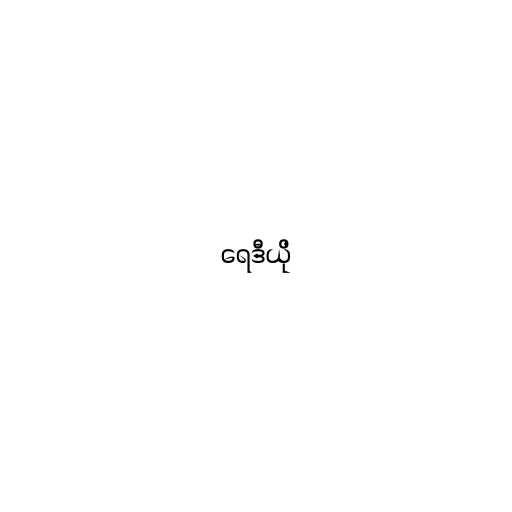
ရေဒီယို